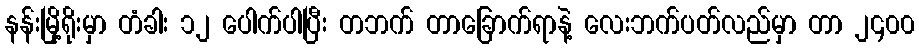
နန်းမြို့ရိုးမှာ တံခါး ၁၂ ပေါက်ပါပြီး တဘက် တာခြောက်ရာနဲ့ လေးဘက်ပတ်လည်မှာ တာ ၂၄၀၀